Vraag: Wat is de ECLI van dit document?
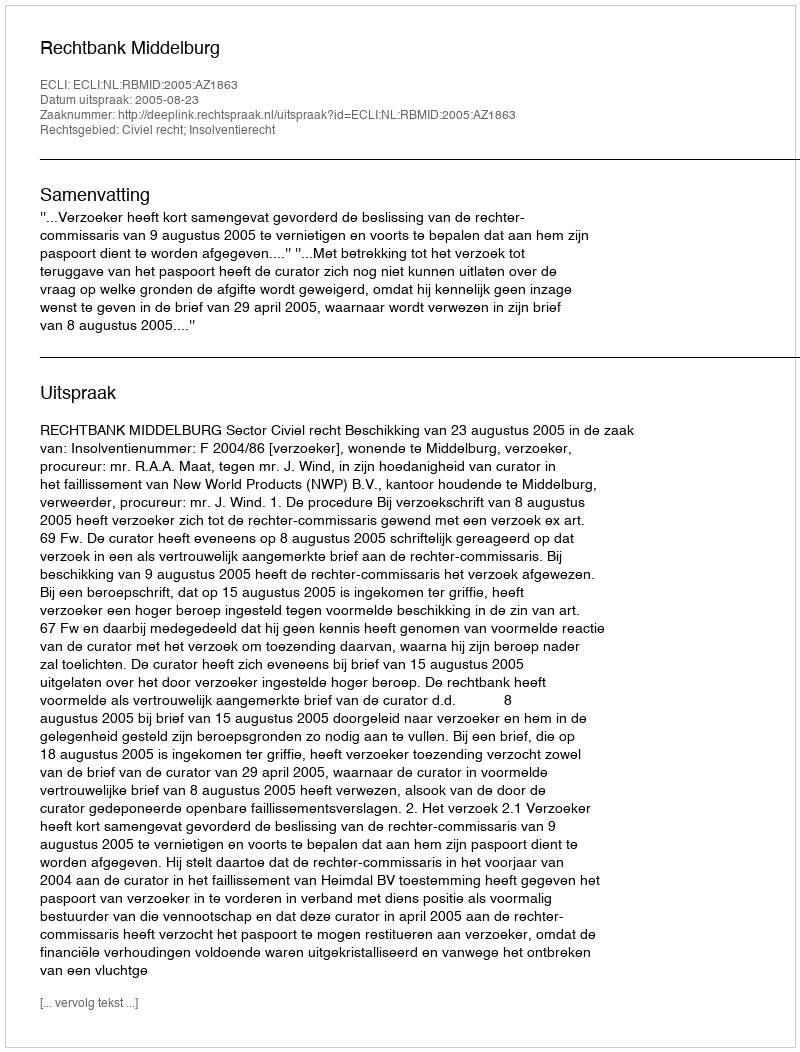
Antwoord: ECLI:NL:RBMID:2005:AZ1863